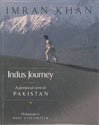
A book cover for Indus Journey Ã¢EE¬EE Personal View of Pakistan; IMRAN KHAN; Travel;